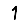
Digit: 1